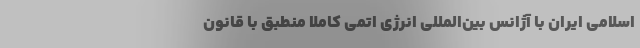
اسلامی ایران با آژانس بین‌المللی انرژی اتمی کاملاً منطبق با قانون